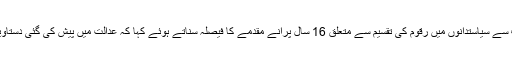
اسلام آباد — پاکستان کی عدالت عظمیٰ نے انٹیلیجنس ادارے ’آئی ایس آئی‘ کی طرف سے سیاستدانوں میں رقوم کی تقسیم سے متعلق 16 سال پرانے مقدمے کا فیصلہ سناتے ہوئے کہا کہ عدالت میں پیش کی گئی دستاویزات سے یہ بات عیاں ہو گئی ہے کہ 1990ء کے انتخابات میں دھاندلی ہوئی تھی۔